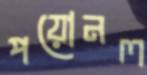
পয়োনল